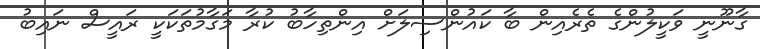
ގާނޫނީ ވަކީލުންގެ ތެރެއިން ބާ ކައުންސިލަށް އިންތިހާބު ކުރާ މަގާމުތަކަކީ ރައީސް ނައިބު